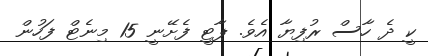
ކީ ދެ ހާސް ރުފިޔާ އެވެ. ޕާޓީ ފެށޭނީ 15 މިނެޓް ފަހުން